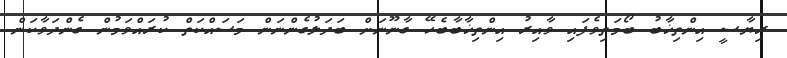
ރިޔާސީ އިންތިޚާބު ބޯމަތިވެފައި ވާއިރު އިންތިޚާބާބެހޭ ގާނޫނަށް ބަދަލުގެންނަން މަސައްކަތް ކުރައްވަމުން ގެންދަވާކަން